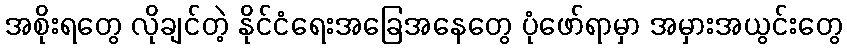
အစိုးရတွေ လိုချင်တဲ့ နိုင်ငံရေးအခြေအနေတွေ ပုံဖော်ရာမှာ အမှားအယွင်းတွေ